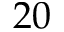
2 0